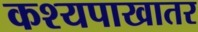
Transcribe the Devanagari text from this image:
कश्यपाखातर